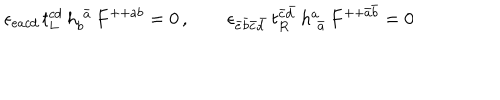
\epsilon _ { e a c d } \, t _ { L } ^ { c d } \, h _ { b } ^ { \, \, \bar { a } } \, F ^ { + + a b } = 0 \, , \qquad \epsilon _ { \bar { e } \bar { b } \bar { c } \bar { d } } \, t _ { R } ^ { \bar { c } \bar { d } } \, h _ { \, \, \bar { a } } ^ { a } \, F ^ { + + \bar { a } \bar { b } } = 0